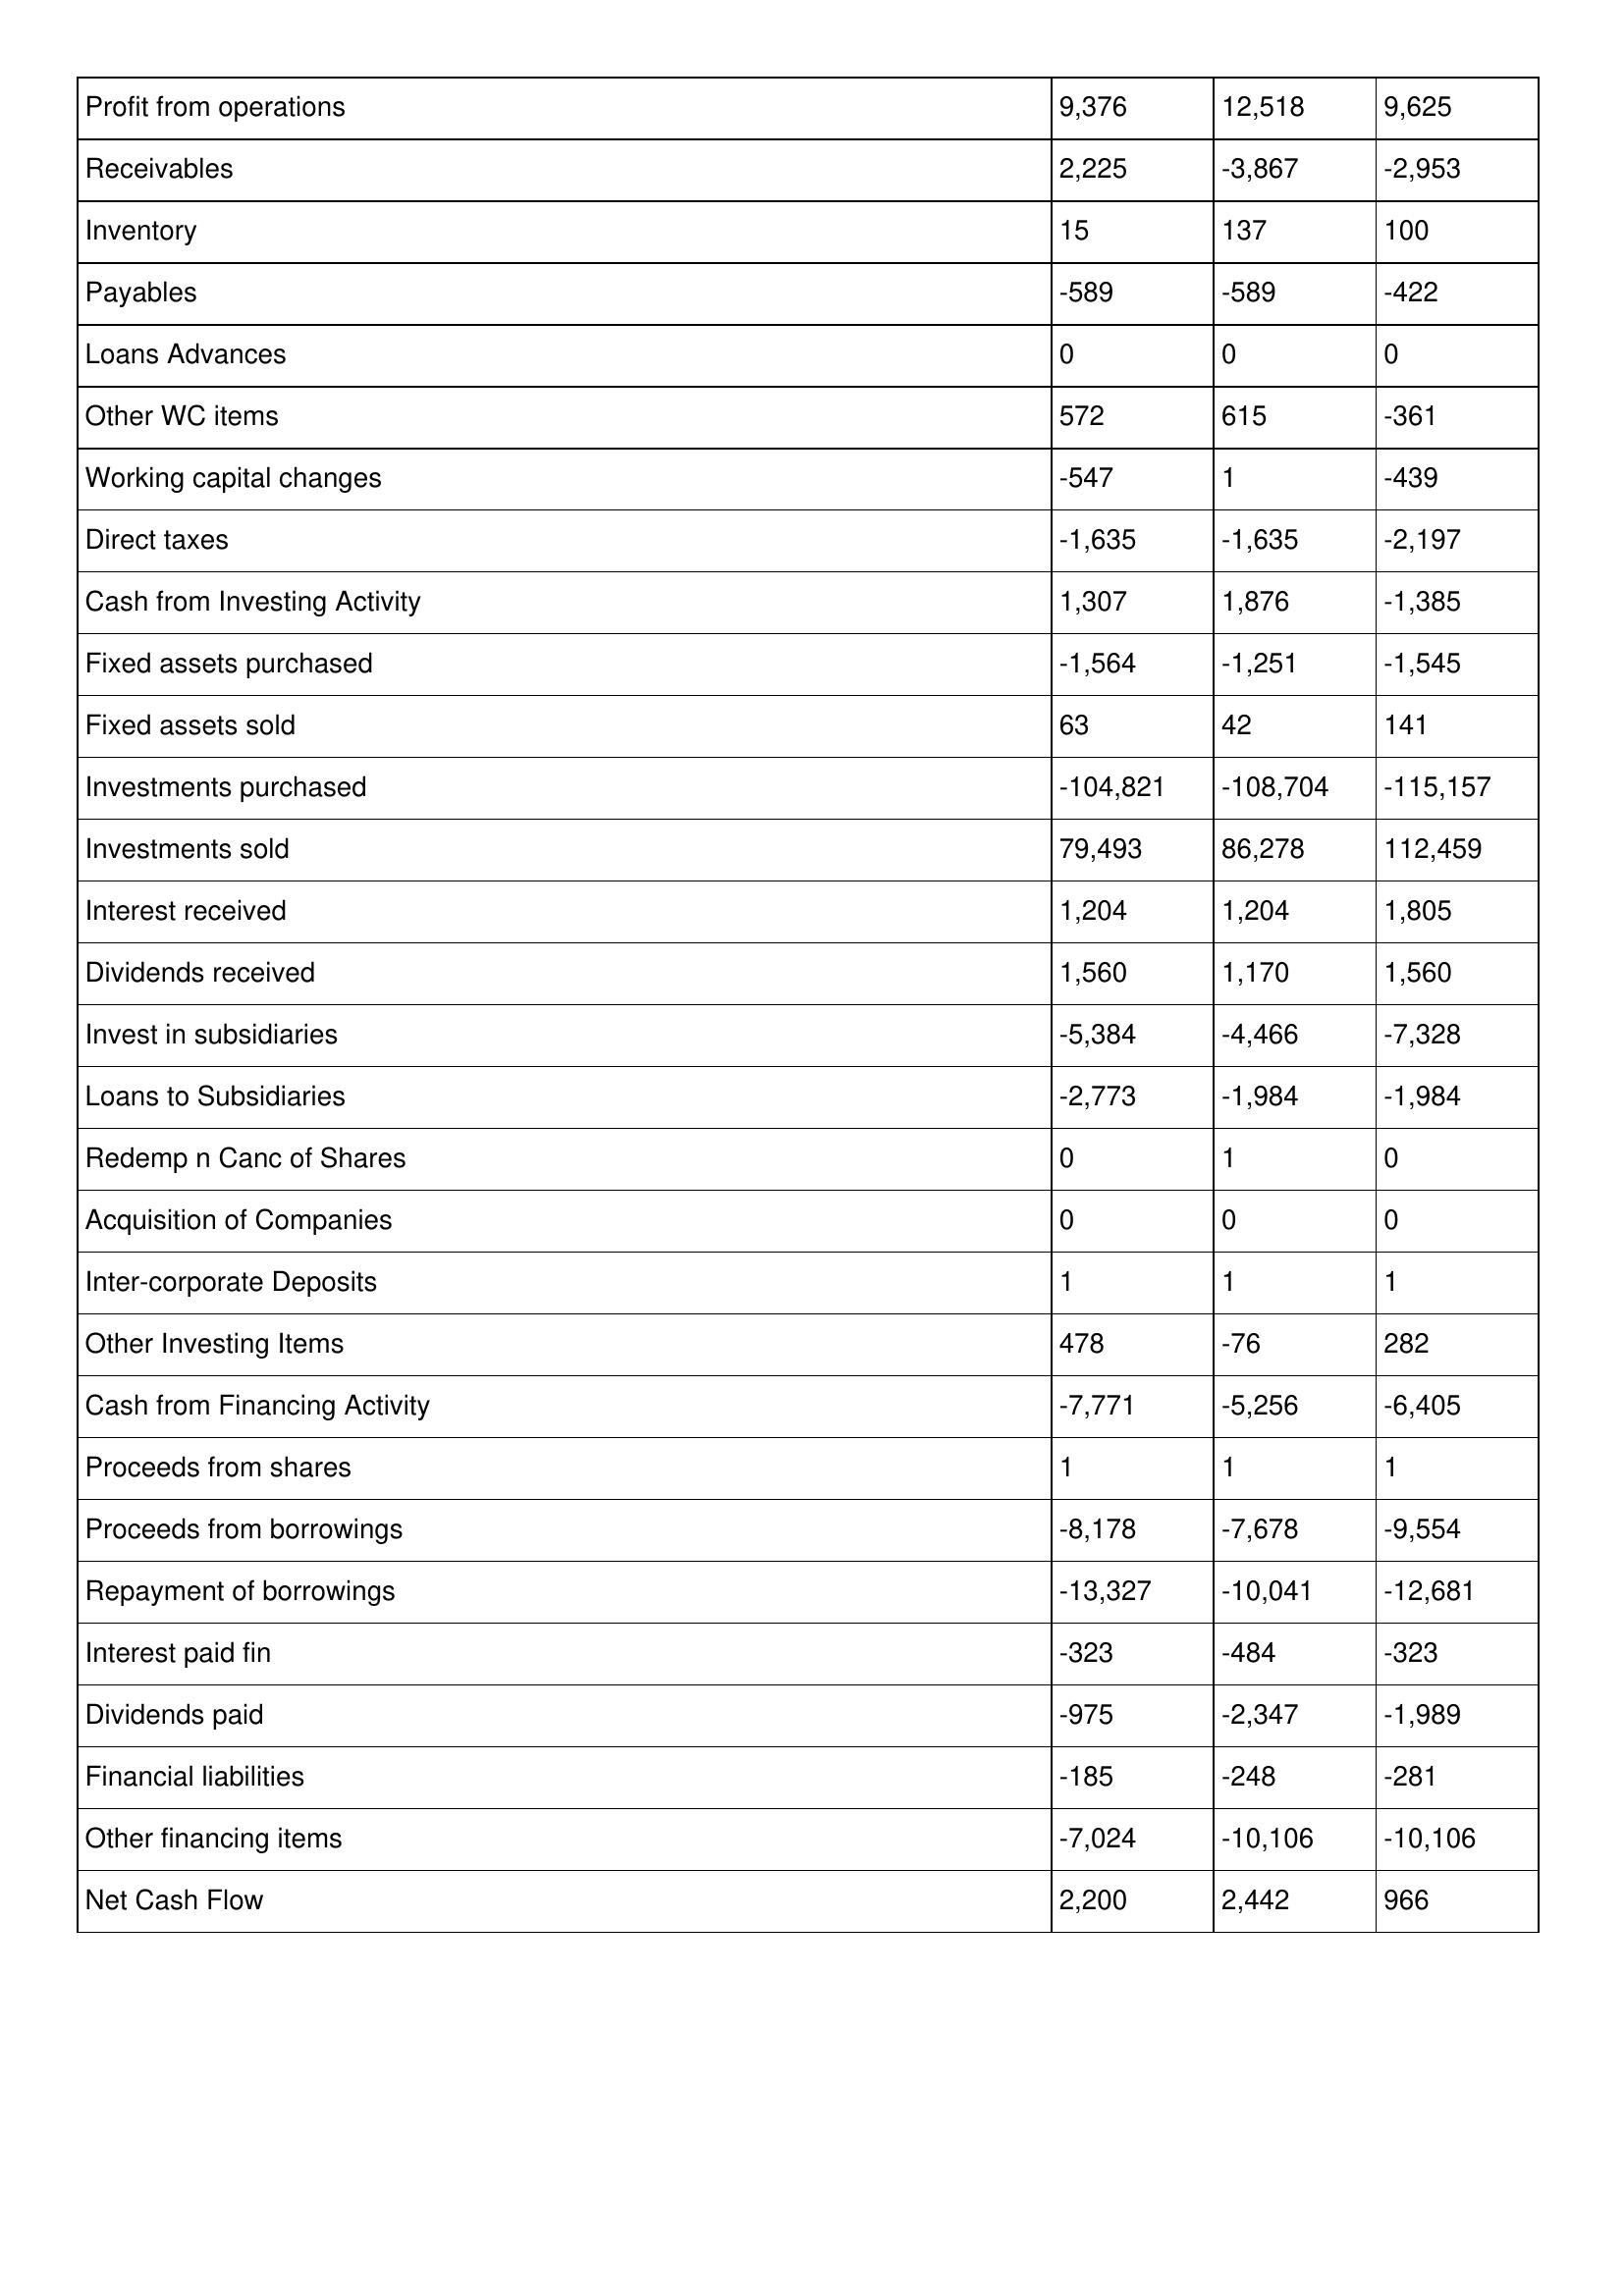
gt_parse: 1994: Cash Flows: Profit from operations: 9,376
Receivables: 2,225
Inventory: 15
Payables: -589
Loans Advances: 0
Other WC items: 572
Working capital changes: -547
Direct taxes: -1,635
Cash from Investing Activity: 1,307
Fixed assets purchased: -1,564
Fixed assets sold: 63
Investments purchased: -104,821
Investments sold: 79,493
Interest received: 1,204
Dividends received: 1,560
Invest in subsidiaries: -5,384
Loans to Subsidiaries: -2,773
Redemp n Canc of Shares: 0
Acquisition of Companies: 0
Inter-corporate Deposits: 1
Other Investing Items: 478
Cash from Financing Activity: -7,771
Proceeds from shares: 1
Proceeds from borrowings: -8,178
Repayment of borrowings: -13,327
Interest paid fin: -323
Dividends paid: -975
Financial liabilities: -185
Other financing items: -7,024
Net Cash Flow: 2,200
1993: Cash Flows: Profit from operations: 12,518
Receivables: -3,867
Inventory: 137
Payables: -589
Loans Advances: 0
Other WC items: 615
Working capital changes: 1
Direct taxes: -1,635
Cash from Investing Activity: 1,876
Fixed assets purchased: -1,251
Fixed assets sold: 42
Investments purchased: -108,704
Investments sold: 86,278
Interest received: 1,204
Dividends received: 1,170
Invest in subsidiaries: -4,466
Loans to Subsidiaries: -1,984
Redemp n Canc of Shares: 1
Acquisition of Companies: 0
Inter-corporate Deposits: 1
Other Investing Items: -76
Cash from Financing Activity: -5,256
Proceeds from shares: 1
Proceeds from borrowings: -7,678
Repayment of borrowings: -10,041
Interest paid fin: -484
Dividends paid: -2,347
Financial liabilities: -248
Other financing items: -10,106
Net Cash Flow: 2,442
1992: Cash Flows: Profit from operations: 9,625
Receivables: -2,953
Inventory: 100
Payables: -422
Loans Advances: 0
Other WC items: -361
Working capital changes: -439
Direct taxes: -2,197
Cash from Investing Activity: -1,385
Fixed assets purchased: -1,545
Fixed assets sold: 141
Investments purchased: -115,157
Investments sold: 112,459
Interest received: 1,805
Dividends received: 1,560
Invest in subsidiaries: -7,328
Loans to Subsidiaries: -1,984
Redemp n Canc of Shares: 0
Acquisition of Companies: 0
Inter-corporate Deposits: 1
Other Investing Items: 282
Cash from Financing Activity: -6,405
Proceeds from shares: 1
Proceeds from borrowings: -9,554
Repayment of borrowings: -12,681
Interest paid fin: -323
Dividends paid: -1,989
Financial liabilities: -281
Other financing items: -10,106
Net Cash Flow: 966